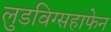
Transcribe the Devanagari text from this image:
लुडविग्सहाफेन